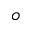
o